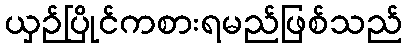
ယှဉ်ပြိုင်ကစားရမည်ဖြစ်သည်